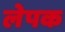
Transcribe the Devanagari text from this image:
लेपक